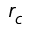
r _ { c }